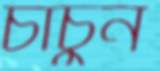
চাঁচুন